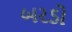
બરડો